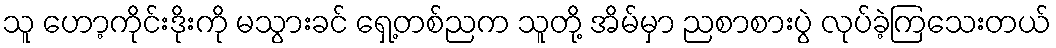
သူ ဟော့ကိုင်းဒိုးကို မသွားခင် ရှေ့တစ်ညက သူတို့ အိမ်မှာ ညစာစားပွဲ လုပ်ခဲ့ကြသေးတယ်